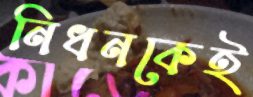
নিধনকেই